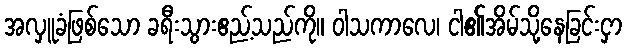
အလှူခံဖြစ်သော ခရီးသွားဧည့်သည်ကို။ ဝါသကာလေ၊ ငါ၏အိမ်သို့နေခြင်းငှာ